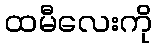
ထမီလေးကို